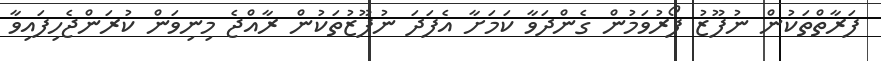
ފަރާތްތަކުން ނުފޫޒު ފޯރުވަމުން ގެންދަވާ ކަމަށާ އެފަދަ ނުފޫޒުތަކުން ރާއްޖެ މިނިވަން ކުރަންޖެހިފައިވާ